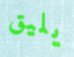
يليق